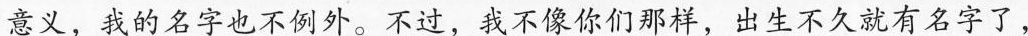
意义，我得名字也不例外。不过，武不像你们样，出生不久就有名字了，